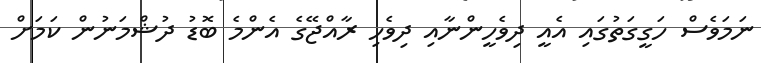
ނަމަވެސް ހަގީގަތުގައި އެއީ ދިވެހީންނާއި ދިވެހި ރާއްޖޭގެ އެންމެ ބޮޑު ދުޝްމަނުން ކަމަށް